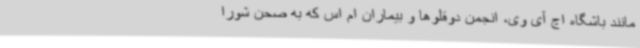
مانند باشگاه اچ آی وی، انجمن دوقلوها و بیماران ام اس که به صحن شورا